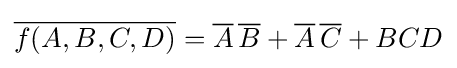
{\overline {f(A,B,C,D)}}={\overline {A}}\,{\overline {B}}+{\overline {A}}\,{\overline {C}}+BCD